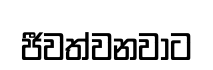
ජීවත්වනවාට